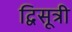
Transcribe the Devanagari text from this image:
द्विसूत्री